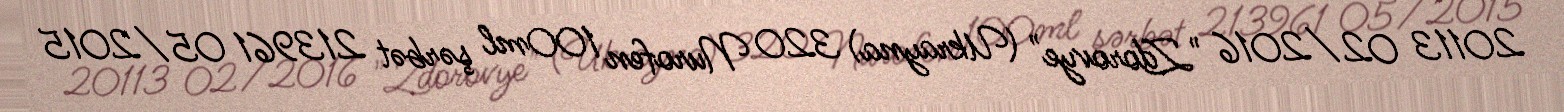
20113 02/2016 "Zdorovye" (Ukrayna) 320 Nurofen 100ml şərbət 213961 05/2015